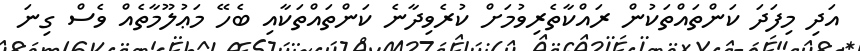
އަދި މިފަދަ ކަންތައްތަކުން ރައްކާތެރިވުމަށް ކުރެވިދާނެ ކަންތައްތަކާއި ބެހޭ މަޢުލޫމާތެއް ވެސް ގިނަ